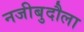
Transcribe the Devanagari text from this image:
नजीबुदौला